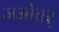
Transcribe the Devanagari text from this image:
जओतर्